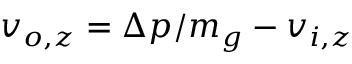
v _ { o , z } = \Delta p / m _ { g } - v _ { i , z }